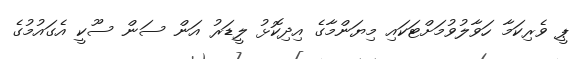
ޕީ ވެރިކަމާ ހަވާލުވުމަށްޓަކައި މިޔަންމާގެ އިދިކޮޅު ލީޑަރު އަން ސަން ސޫކީ އެގައުމުގެ